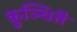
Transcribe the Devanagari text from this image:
कुञ्चितै